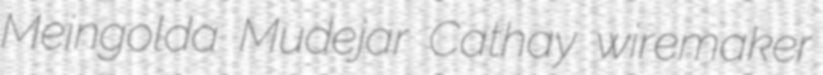
Meingolda Mudejar Cathay wiremaker